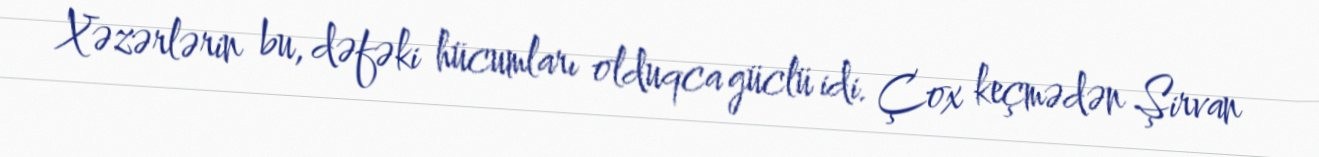
Xəzərlərin bu, dəfəki hücumları olduqca güclü idi. Çox keçmədən Şirvan